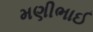
મણીભાઈ